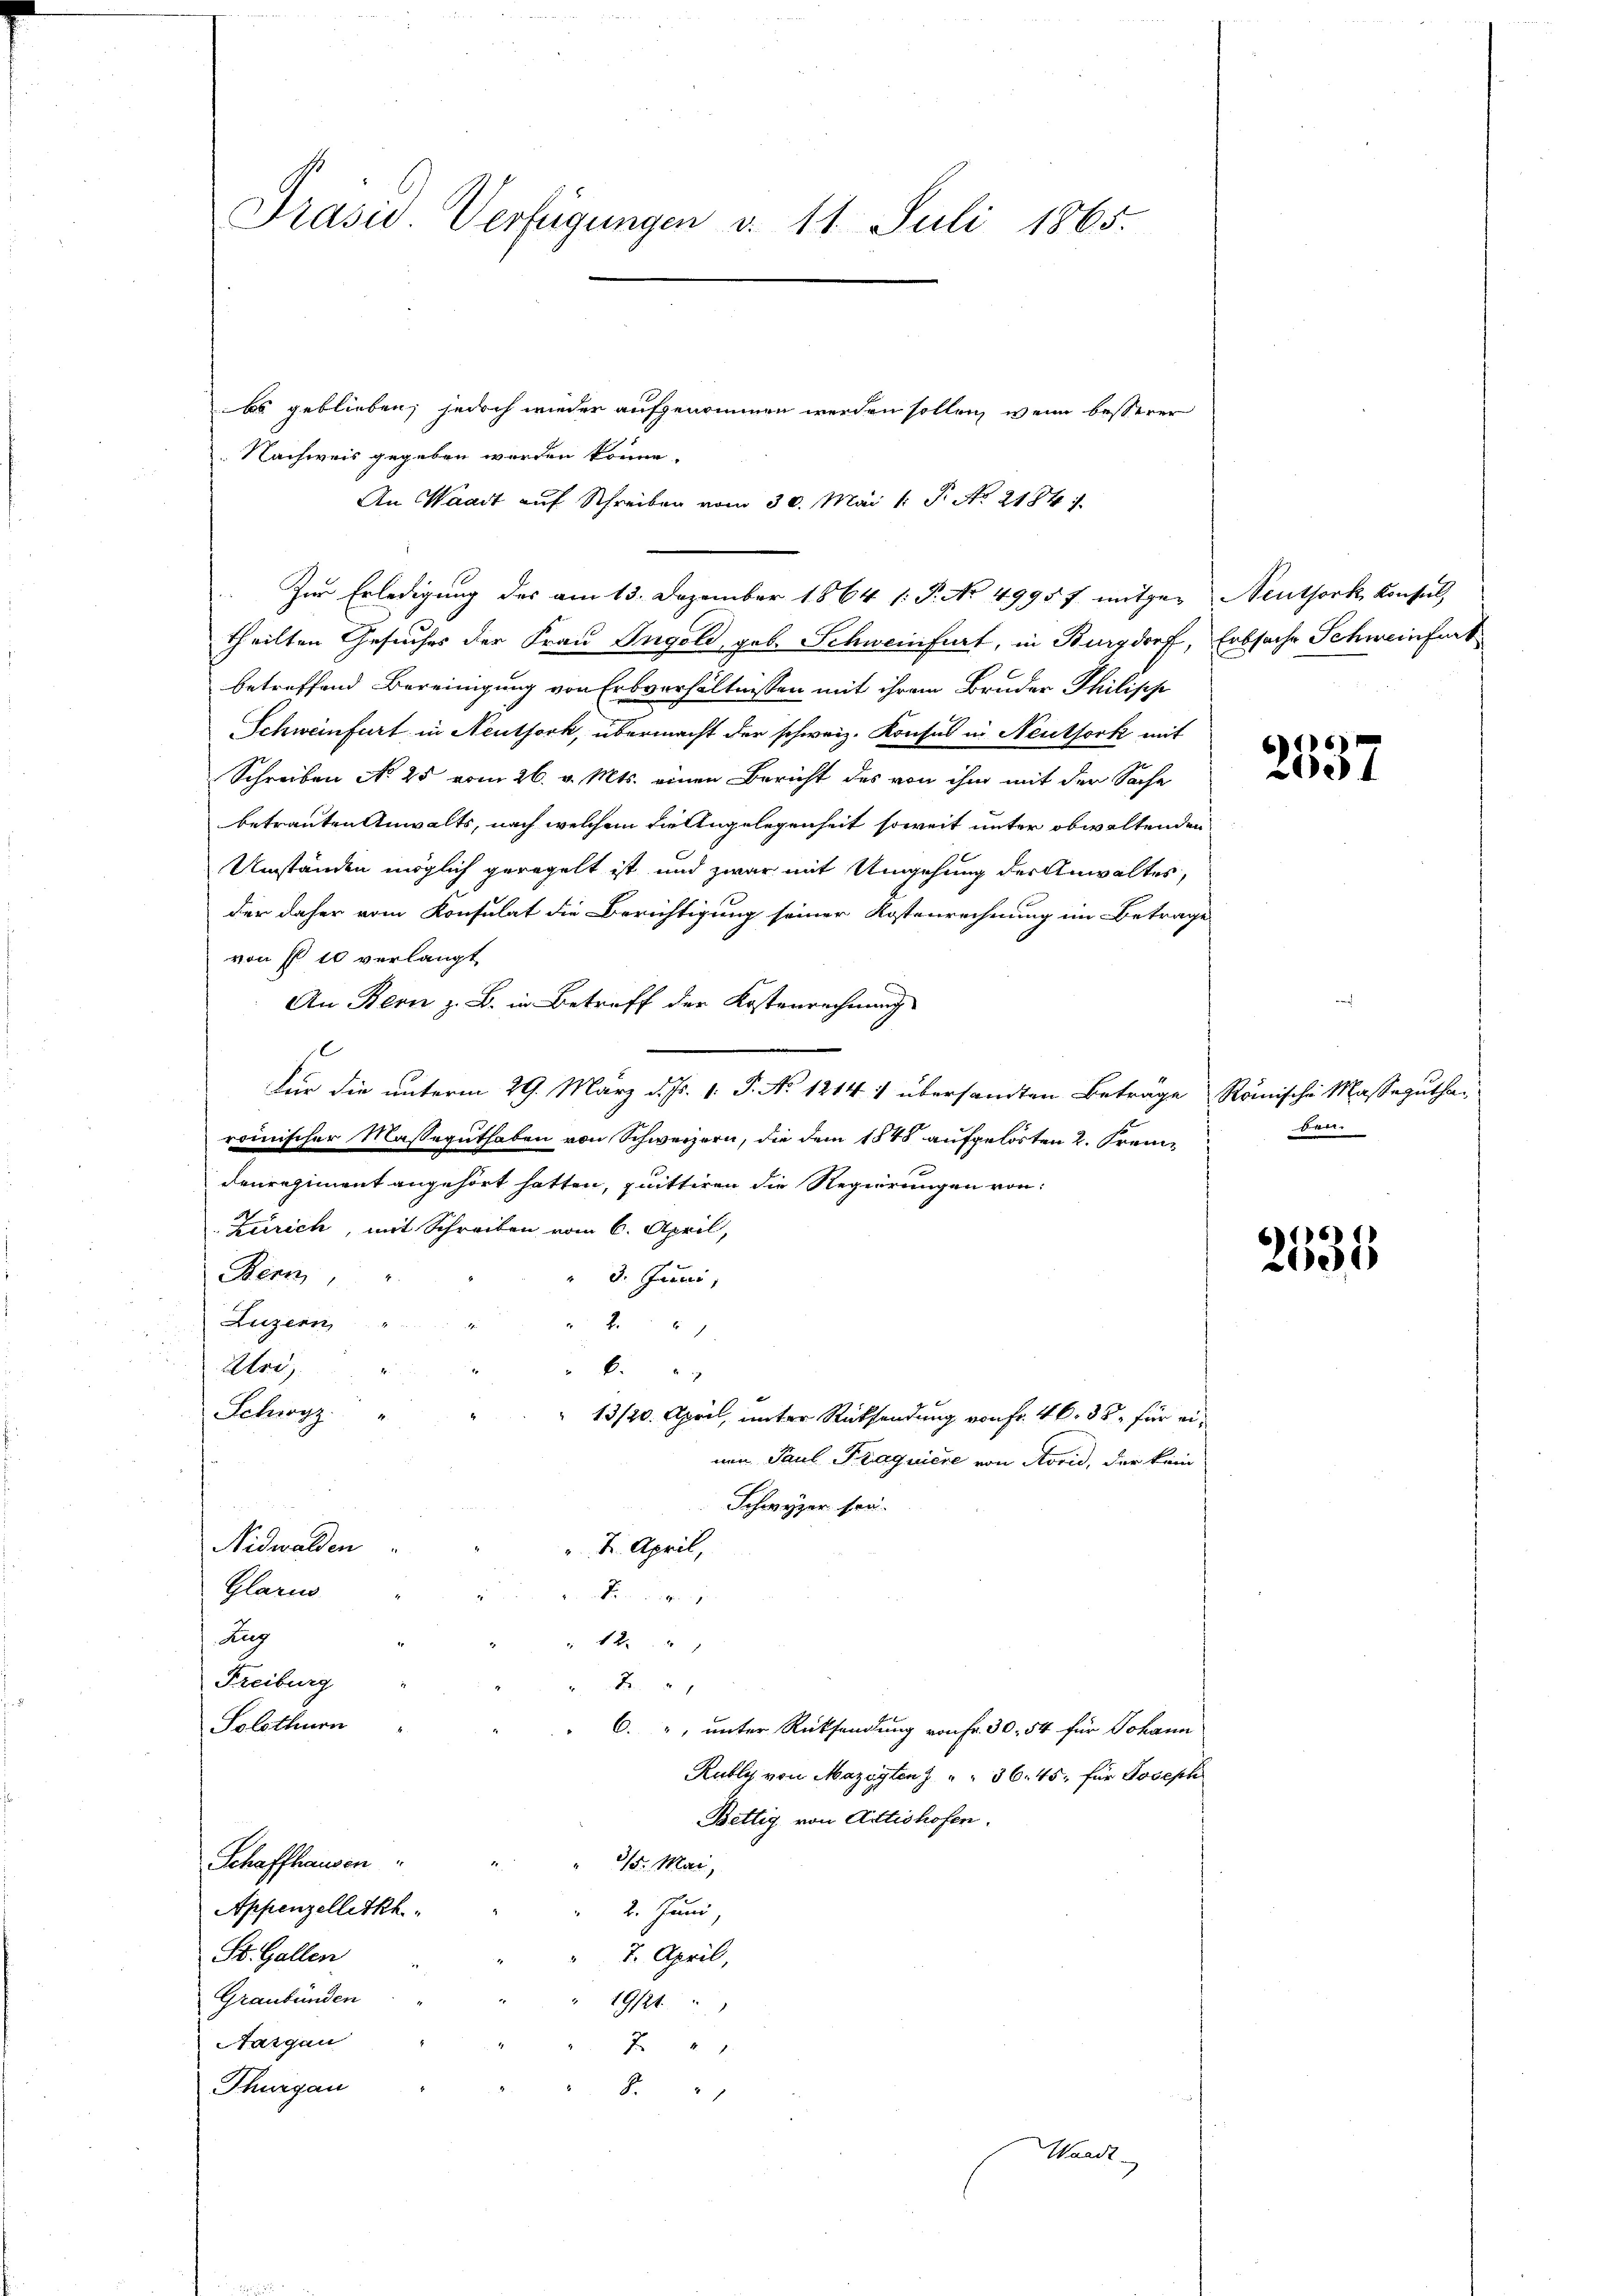
Präsid. Verfügungen d. 11. Juli 1865.

bs geblieben, jedoch wieder aufgenommen werden sollen, wenn besserer
Nachweis gegeben worden könne.
An Waadt auf Schreiben vom 30. Mai 1 S. No 2184.
theilten Gesuches der Frau Ingold, geb. Schweinfurt, in Burgdorf, Erbsache Schweinfurt
betreffend Bereinigung von Erbverhältnissen mit ihrem Bruder Philipp
Schweinfurt in Neuthork, übermacht der schweiz. Konsul in Neuthork mit
Schreiben No 25 vom 26. v. Mts. einen Bericht des von ihm mit der Sache
betrauten Anwalts, nach welchem die Angelegenheit soweit unter obwaltenden
Umständen möglich geregelt ist und zwar mit Umgehung der Anwaltes,
der daher vom Konsulat die Berichtigung seiner Kostenrechnung im Betrage
von fl 10 verlangt
An Bern z. B. in Betreff der Kostenrechnung
s
Für die unterm 29. März d. Js. 1. P. No 1214 1 übersandten Beträge Römische Masse gutha-
roinischer Masseguthaben von Schweizern, die dem 1848 aufgelösten 2. Frem¬
Denregiment angehört hatten, quittiren die Regierungen von
Zürich, mit Schreiben vom 6. April,
Bern,
3. Juni,
Luzern
21
Alois
6
Schwyz
13/20. April, unter Rücksendung von Fr. 46. 38, für einen Paul Fragniere von Aovid, der kein
Schwyzer son.
Nidwalden
 4. April,
Glarus
den dies
Zug
12
Freiburg
2
Solothurn
6. " unter Rücksendung von Fr. 30. 54 für Johann
Rublys von Mazeyten z. " " 36. 45, für Joseph
Bettig von Actishofen.
Schaffhausen
" 315. Mai,
Appenzelletkh.
2. Juni
St. Gallen
7. April,
Graubünden
19121
Aargau
71
Thurgau
.

Zu Erledigung des am 13. Dezember 1864 (: P. No 4995 f. mitgen Neuthork Konsul

Waadt.

2537

den.

2535